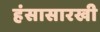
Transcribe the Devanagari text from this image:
हंसासारखी